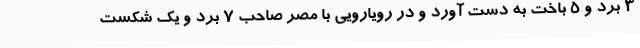
3 برد و 5 باخت به دست آورد و در رویارویی با مصر صاحب 7 برد و یک شکست